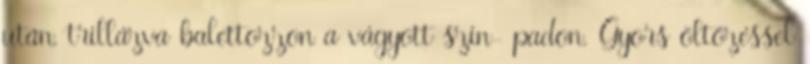
után, trillázva balettozzon a vágyott szín- padon. Gyors öltözéssel